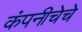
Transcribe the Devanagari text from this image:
कंपनीचेचे